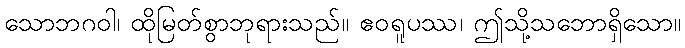
သောဘဂဝါ၊ ထိုမြတ်စွာဘုရားသည်။ ဧဝရူပဿ၊ ဤသို့သဘောရှိသော။